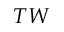
T W